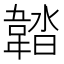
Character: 𩎽